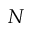
N